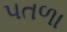
પતળા